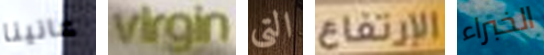
عانينا virgin التى الإرتفاع الخبراء